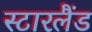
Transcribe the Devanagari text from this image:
स्टारलैंड